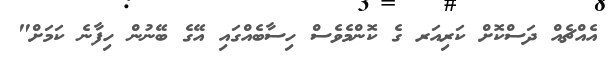
އެއްޗެއް ދަސްކޮށް ކަރިއަރ ގެ ކޮންމެވެސް ހިސާބެއްގައި އޭގެ ބޭނުން ހިފާނެ ކަމަށް"